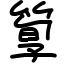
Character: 箰